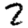
Digit: 2